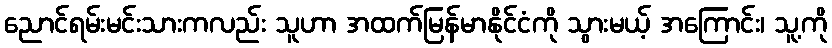
ညောင်ရမ်းမင်းသားကလည်း သူဟာ အထက်မြန်မာနိုင်ငံကို သွားမယ့် အကြောင်း၊ သူ့ကို